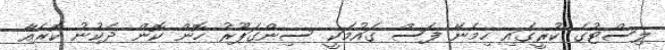
ލިސްޓުގެ ކުރީގައި ހިމެނޭ ފަސް ގައުމަކީ ސިންގަޕޫރު ހޮން ކޮން ދެކުނު ކޮރެއާ